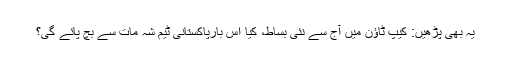
یہ بھی پڑھیں: کیپ ٹاؤن میں آج سے نئی بساط، کیا اس بارپاکستانی ٹیم شہ مات سے بچ پائے گی؟